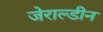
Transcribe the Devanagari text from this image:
जेराल्डीन